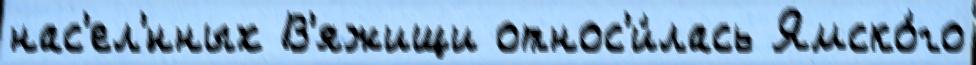
нас'ел'́нных В'яжищи относ'и́лась Ямско́го